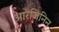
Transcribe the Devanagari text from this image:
आरजिनिन